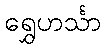
ရွှေဟင်္သာ